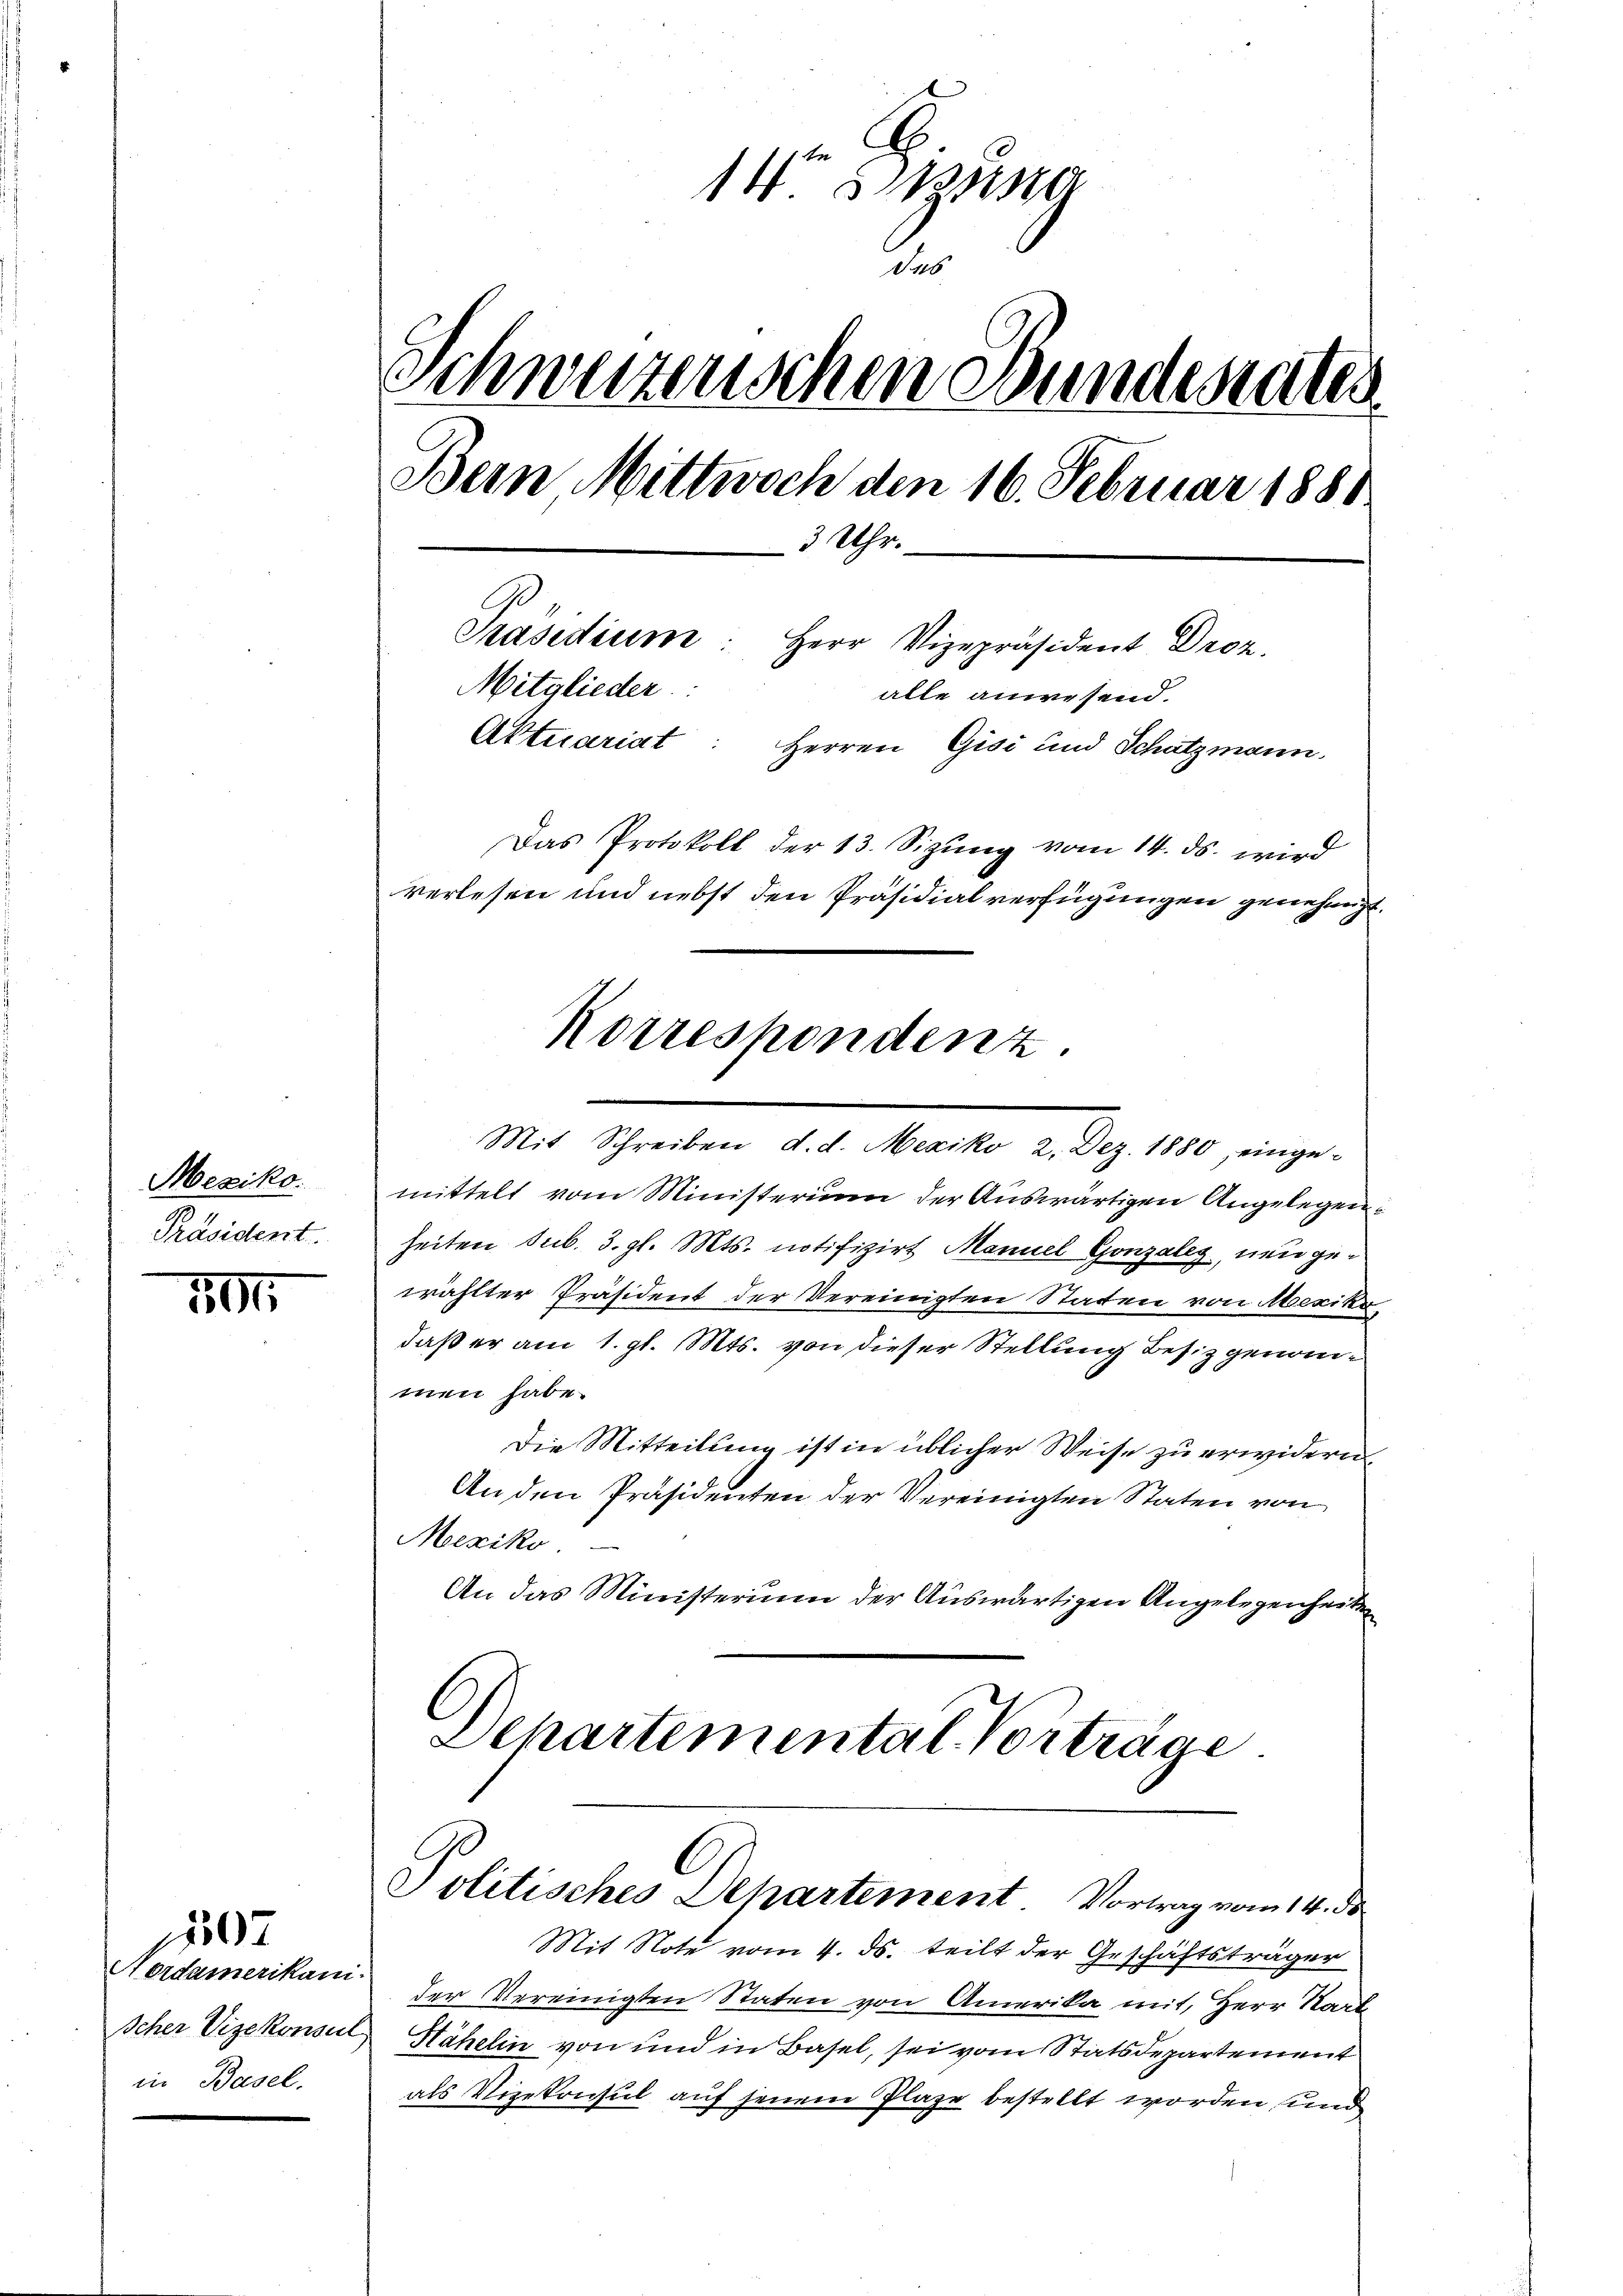
Mexiko.
Präsident.

1

Nordamerikani-
Icher Vizekonseil
in Basel.

107

14 un
das
Schweizenschen Bunderates
Bein Mittwoch den 16. Februar 1881
3 Uhr.
Präsidium: Herr Vizepräsident Droz.
Mitglieder
alle anwesend.
Aktuariat: Herren Gisi und Schatzmann.
Das Protokoll der 13. Sizŭng vom 14. ds. wird
verlesen und nebst den Präsidialverfügungen genehmigt.

mittelt vom Ministerium der Auswärtigen Angelegenheiten sub. 3. gl. Mts. notifizirt Manuel Gonzaleg, neu gewählter Präsident der Vereinigten Statten von Mexika
daß er am 1. gl. Mts. von dieser Stellung Besiz genommen habe.
Die Mitteilung ist in üblicher Weise zu erwidern
An den Präsidenten der Vereinigten Staten von
Meeziko
An das Ministerium der Auswärtigen Angelegenheite
Departementat Vorträge

Korrespondenz.
Mit Schreiben d. d. Mexiko 2. Dez. 1880, einge¬

Politisches Departement Vortrag vom 14. ds

Mit Note vom 4. ds. teilt der Geschäftsträger
der Vereinigten Staten von Amerika mit, Herr Staat
Hähelin von und in Basel, sei vom Statsdepartement
als Vizekonsul auf jenem Plaze bestellt worden und